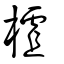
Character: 樝